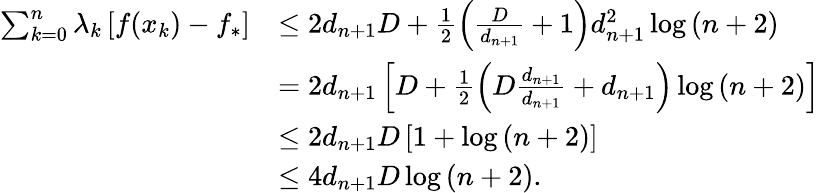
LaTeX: \begin{array}{rl}{\sum_{k=0}^{n}\lambda_{k}\left[f(x_{k})-f_{*}\right]}&{\leq 2d_{n+1}D+\frac{1}{2}\left(\frac{D}{d_{n+1}}+1\right)d_{n+1}^{2}\log\left(n+2\right)}\\ &{=2d_{n+1}\left[D+\frac{1}{2}\left(D\frac{d_{n+1}}{d_{n+1}}+d_{n+1}\right)\log\left(n+2\right)\right]}\\ &{\leq 2d_{n+1}D\left[1+\log\left(n+2\right)\right]}\\ &{\leq 4d_{n+1}D\log\left(n+2\right).}\end{array}